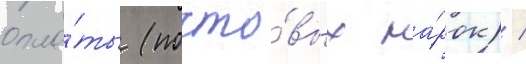
опла́ты (почто́вых ма́рок) /